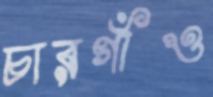
চারগাঁও